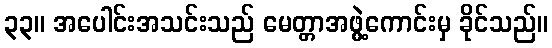
၃၃။ အပေါင်းအသင်းသည် မေတ္တာအဖွဲ့ကောင်းမှ ခိုင်သည်။